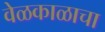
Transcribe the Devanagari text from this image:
वेळकाळाचा